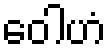
ဝေါဟံ